Report of the Indian Hemp Drugs Commission, 1894-1895 - Volume VII
Year: 1894
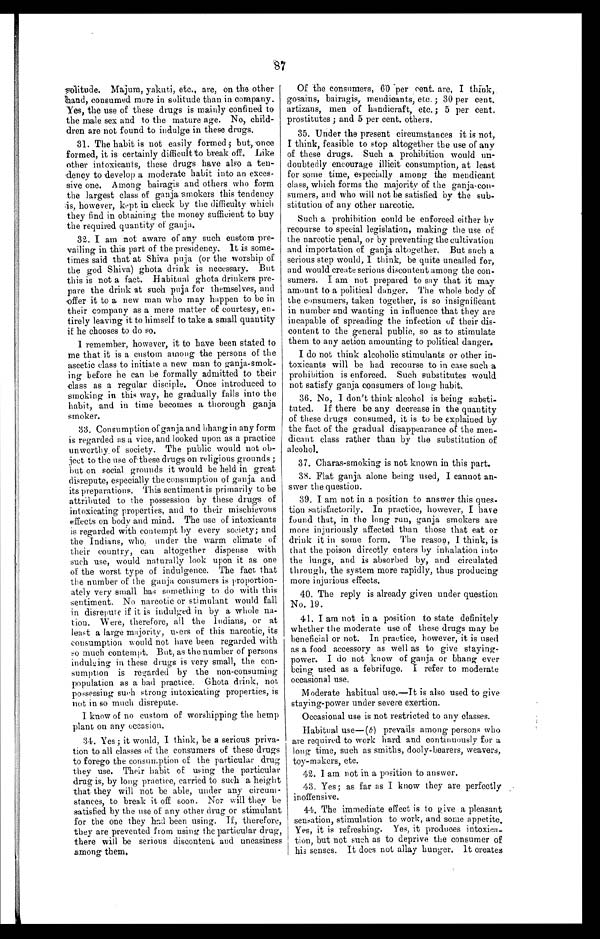
87
solitude. Majum, yakuti, etc., are, on the other
hand, consumed more in solitude than in company.
Yes, the use of these drugs is mainly confined to
the male sex and to the mature age. No, child
-
dren are not found to indulge in these drugs.
31. The habit is not easily formed ; but, once
formed, it is certainly difficult to break off. Like
other intoxicants, these drugs have also a ten
-
dency to develop a moderate habit into an exces
-
sive one. Among bairagis and others who form
the largest class of ganja smokers this tendency
is, however, kept in check by the difficulty which
they find in obtaining the money sufficient to buy
the required quantity of ganja.
32. I am not aware of any such custom pre
-
vailing in this part of the presidency. It is some
-
times said that at Shiva puja (or the worship of
the god Shiva) ghota drink is necessary. But
this is not a fact. Habitual ghota drinkers pre
-
pare the drink at such puja for themselves, and
offer it to a new man who may happen to be in
their company as a mere matter of courtesy, en
-
tirely leaving it to himself to take a small quantity
if he chooses to do so.
I remember, however, it to have been stated to
me that it is a custom among the persons of the
ascetic class to initiate a new man to ganja-smok
-
ing before he can be formally admitted to their
class as a regular disciple. Once introduced to
smoking in this way, he gradually falls into the
habit, and in time becomes a thorough ganja
smoker.
33. Consumption of ganja and bhang in any form
is regarded as a vice, and looked upon as a practice
unworthy of society. The public would not ob
-
ject to the use of these drugs on religious grounds ;
b u t o n s o c i a l g r o u n d s i t w o u l d b e h e l d i n g r e a t
disrepute, especially the consumption of g anja and
its preparations. This sentiment is primarily to be
attributed to the possession by these drugs of
intoxicating properties, and to their mischievous
effects on body and mind. The use of intoxicants
is regarded with contempt by every society; and
the Indians, who, under the warm climate of
their country, can altogether dispense with
such use, would naturally look upon it as one
of the worst type of indulgence. The fact that
the number of the ganja consumers is proportion
-
ately very small has something to do with this
sentiment. No narcotic or stimulant would fall
in disrepute if it is indulged in by a whole na
-
tion. Were, therefore, all the Indians, or at
least a large majority, users of this narcotic, its
consumption would not have been regarded with
so much contempt. But, as the number of persons
indulging in these drugs is very small, the con
-
sumption is regarded by the non-consuming
population as a bad practice. Ghota drink, not
possessing such strong intoxicating properties, is
not in so much disrepute.
I know of no custom of worshipping the hemp
plant on any occasion.
34. Yes ; it would, I think, be a serious priva
-
tion to all classes of the consumers of these drugs
to forego the consumption of the particular drug
they use. Their habit of using the particular
drug is, by long practice, carried to such a height
that they will not be able, under any circum
-
stances, to break it off soon. Nor will they be
satisfied by the use of any other drug or stimulant
for the one they had been using. If, therefore,
they are prevented from using the particular drug,
there will be serious discontent and uneasiness
among them.
Of the consumers, 60 per cent. are, I think,
gosains, bairagis, mendicants, etc. ; 30 per cent.
artizans, men of handicraft, etc.; 5 per cent.
prostitutes ; and 5 per cent. others.
35. Under the present circumstances it is not,
I think, feasible to stop altogether the use of any
of these drugs. Such a prohibition would un
-
doubtedly encourage illicit consumption, at least
for some time, especially among the mendicant
class, which forms the majority of the ganja.con
-
sumers, and who will not be satisfied by the sub
-
s t i t u t i o n o f a n y o t h e r n a r e o t i c .
Such a prohibition could be enforced either by
recourse to special legislation, making the use of
the narcotic penal, or by preventing the cultivation
and importation of ganja altogether. But such a
serious step would, I think, be quite uncalled for,
and would create serious discontent among the con
-
sumers. I am not prepared to say that it may
amount to a political danger. The whole body of
the consumers, taken together, is so insignificant
in number and wanting in influence that they are
incapable of spreading the infection of their dis
-
content to the general public, so as to stimulate
them to any action amounting to political danger.
I do not think alcoholic stimulants or other in
-
toxicants will be had recourse to in case such a
prohibition is enforced. Such substitutes would
not satisfy ganja consumers of long habit.
36. No, I don't think alcohol is being substi
-
tuted. If there be any decrease in the quantity
of these drugs consumed, it is to be explained by
the fact of the gradual disappearance of the men
-
dicant class rather than by the substitution of
alcohol.
37. Charas-smoking is not known in this part.
38. Flat ganja alone being used, I cannot an
-
swer the question.
39. I am not in a position to answer this ques
-
tion satisfactorily. In practice, however, I have
found that, in the long run, ganja smokers are
more injuriously affected than those that eat or
drink it in some form. The reason, I think, is
that the poison directly enters by inhalation into
the lungs, and is absorbed by, and circulated
through, the system more rapidly, thus producing
more injurious effects.
40. The reply is already given under question
No. 19.
41. I am not in a position to state definitely
whether the moderate use of these drugs may be
beneficial or not. In practice, however, it is used
as a food accessory as well as to give staying-
power. I do not know of ganja or bhang ever
being used as a febrifuge. I refer to moderate
occasional use.
Moderate habitual use.—It is also used to give
staying-power under severe exertion.
Occasional use is not restricted to any classes.
Habitual use—( b ) prevails among persons who
are required to work hard and continuously for a
long time, such as smiths, dooly-bearers, weavers,
toy-makers, etc.
42. I am not in a position to answer.
43. Yes; as far as I know they are perfectly
inoffensive.
44. The immediate effect is to give a pleasant
sensation, stimulation to work, and some appetite.
Yes, it is refreshing. Yes, it produces intoxi
c a -
tion, but not such as to deprive the consumer of
his senses. It does not allay hunger. It creates